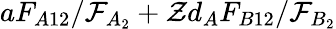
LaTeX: aF_{A12}/\mathcal{F}_{A_{2}}+\mathcal{Z}d_{A}F_{B12}/\mathcal{F}_{B_{2}}